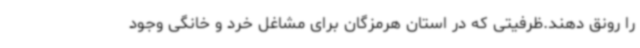
را رونق دهند.ظرفیتی که در استان هرمزگان برای مشاغل خرد و خانگی وجود